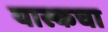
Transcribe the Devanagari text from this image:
यास्कचा